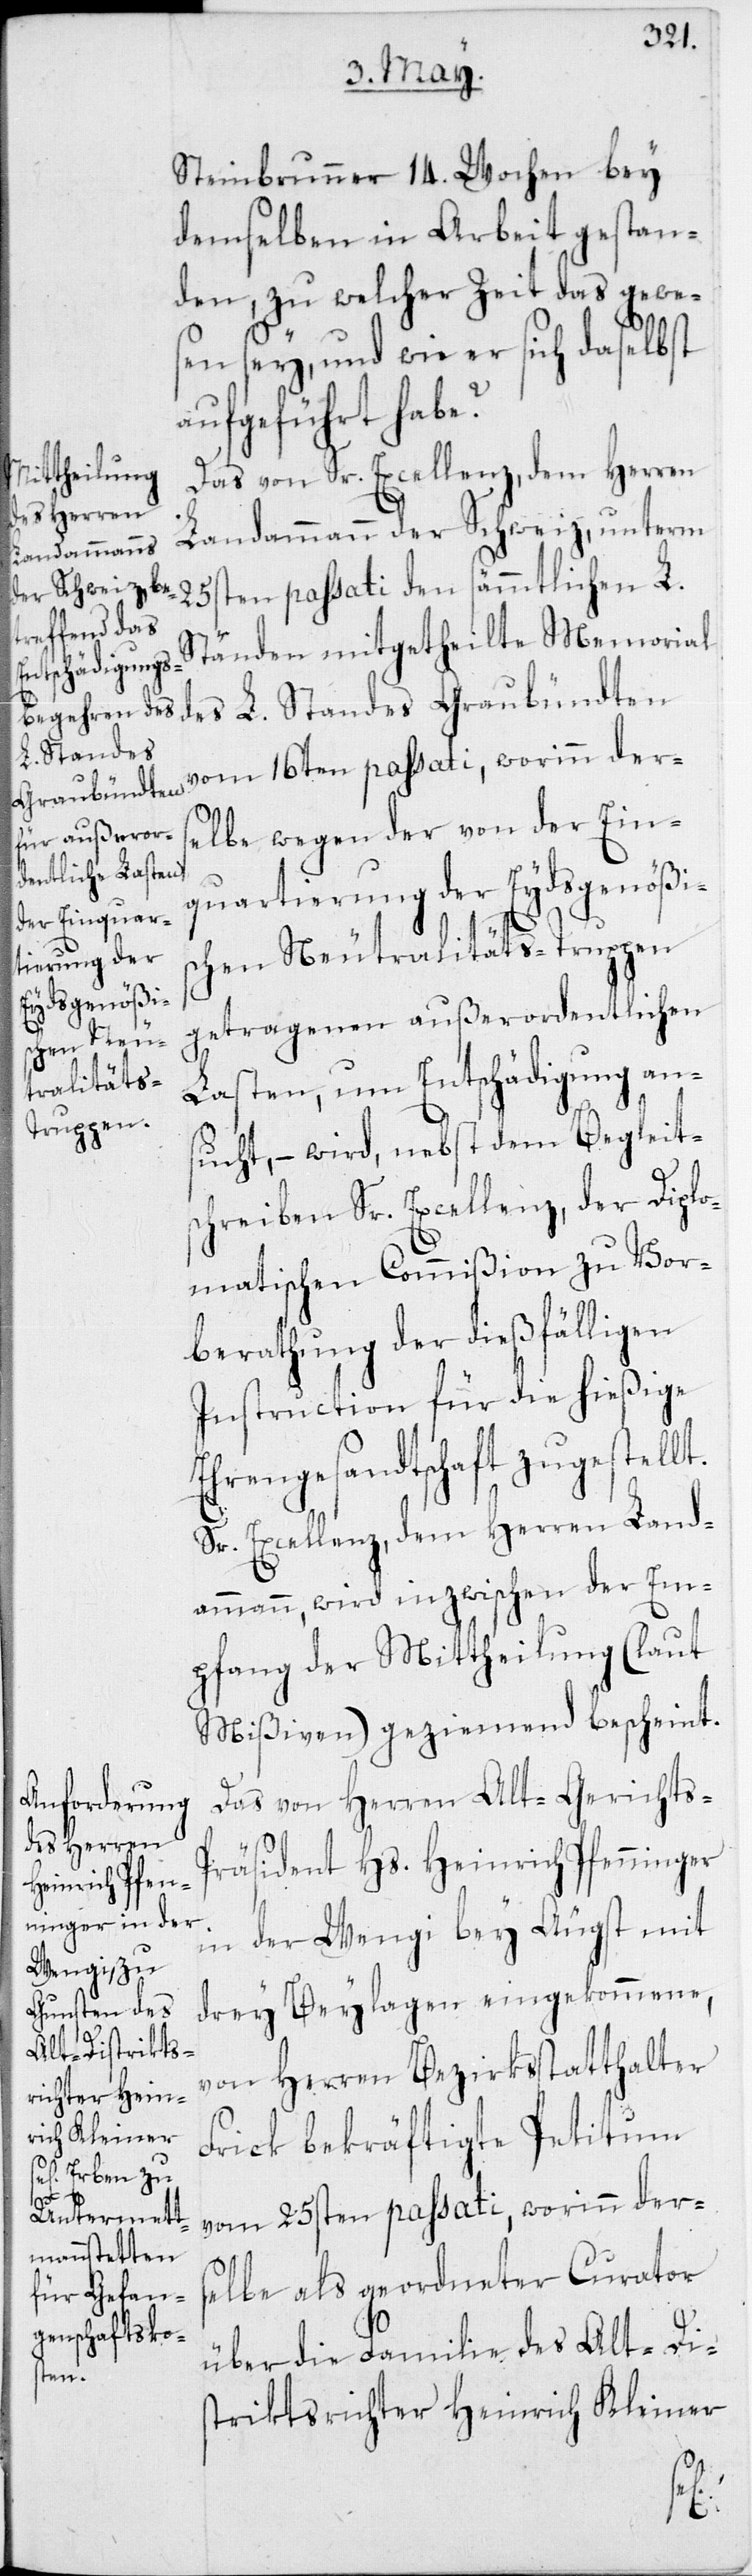
Steinbrunner 14. Wochen bey
demselben in Arbeit gestan¬
den, zu welcher Zeit das gewes¬
en sey, und wie er sich daselbst
aufgeführt habe?
Das von Sr. Excellenz, dem Herren
Landammann der Schweiz, unterm
25sten passati den sämmtlichen L.
Ständen mitgetheilte Memorial
des L. Standes Graubündten
vom 16ten passati, worinn ders¬
elbe wegen der von der Ein¬
quartierung der Eydsgenößis¬
chen Neutralitäts-Truppen
getragenen außerordentlichen
Lasten, um Entschädigung ans¬
ucht, – wird, nebst dem Begleits¬
chreiben Sr. Excellenz, der Diplo¬
matischen Commißion zu Vor¬
berathung der dießfälligen
Instruction für die hießige
Ehrengesandtschaft zugestellt.
Sr. Excellenz, dem Herren Land¬
ammann, wird inzwischen der Em¬
pfang der Mittheilung (laut
Mißiven) geziemend bescheint.
Das von Herren Alt-Gerichts¬
präsident Hs. Heinrich Pfenninger
in der Wengi bey Äugst mit
drei Beylagen eingekommene,
von Herren Bezirksstatthalter
Frick bekräftigte Petitum
vom 25sten passati, worinn ders¬
elbe als geordneter Curator
über die Familie des Alt-Dis¬
triktsrichter Heinrich Kleiner